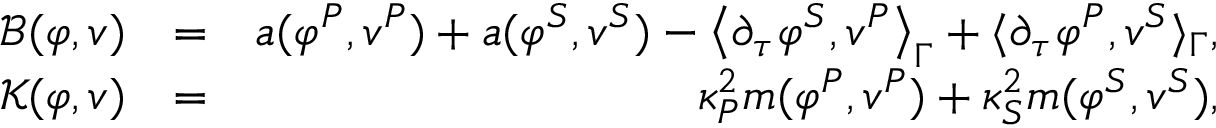
\begin{array} { r l r } { \mathcal { B } ( \boldsymbol { \varphi } , \boldsymbol { v } ) } & { = } & { a ( \varphi ^ { P } , v ^ { P } ) + a ( \varphi ^ { S } , v ^ { S } ) - \left\langle \partial _ { \boldsymbol { \tau } } \varphi ^ { S } , v ^ { P } \right\rangle _ { \Gamma } + \langle \partial _ { \boldsymbol { \tau } } \varphi ^ { P } , v ^ { S } \rangle _ { \Gamma } , } \\ { \mathcal { K } ( \boldsymbol { \varphi } , \boldsymbol { v } ) } & { = } & { \kappa _ { P } ^ { 2 } m ( \varphi ^ { P } , v ^ { P } ) + \kappa _ { S } ^ { 2 } m ( \varphi ^ { S } , v ^ { S } ) , } \end{array}